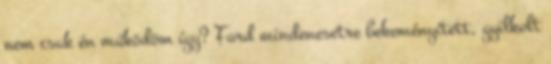
nem csak én működöm így? Ford mindenesetre bekeményített, gyilkolt